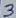
Text: 3